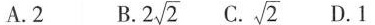
A.2 B.2\sqrt2 C.\sqrt2 D.1